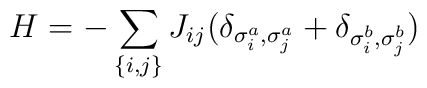
H=-\sum_{\{i,j\}}J_{ij}(\delta_{\sigma^a_i,\sigma^a_j}+\delta_{\sigma^b_i,\sigma^b_j})